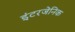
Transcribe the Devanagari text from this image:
इंटरजेनिक